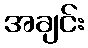
အချင်း